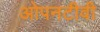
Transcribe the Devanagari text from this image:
ओपनटीवी